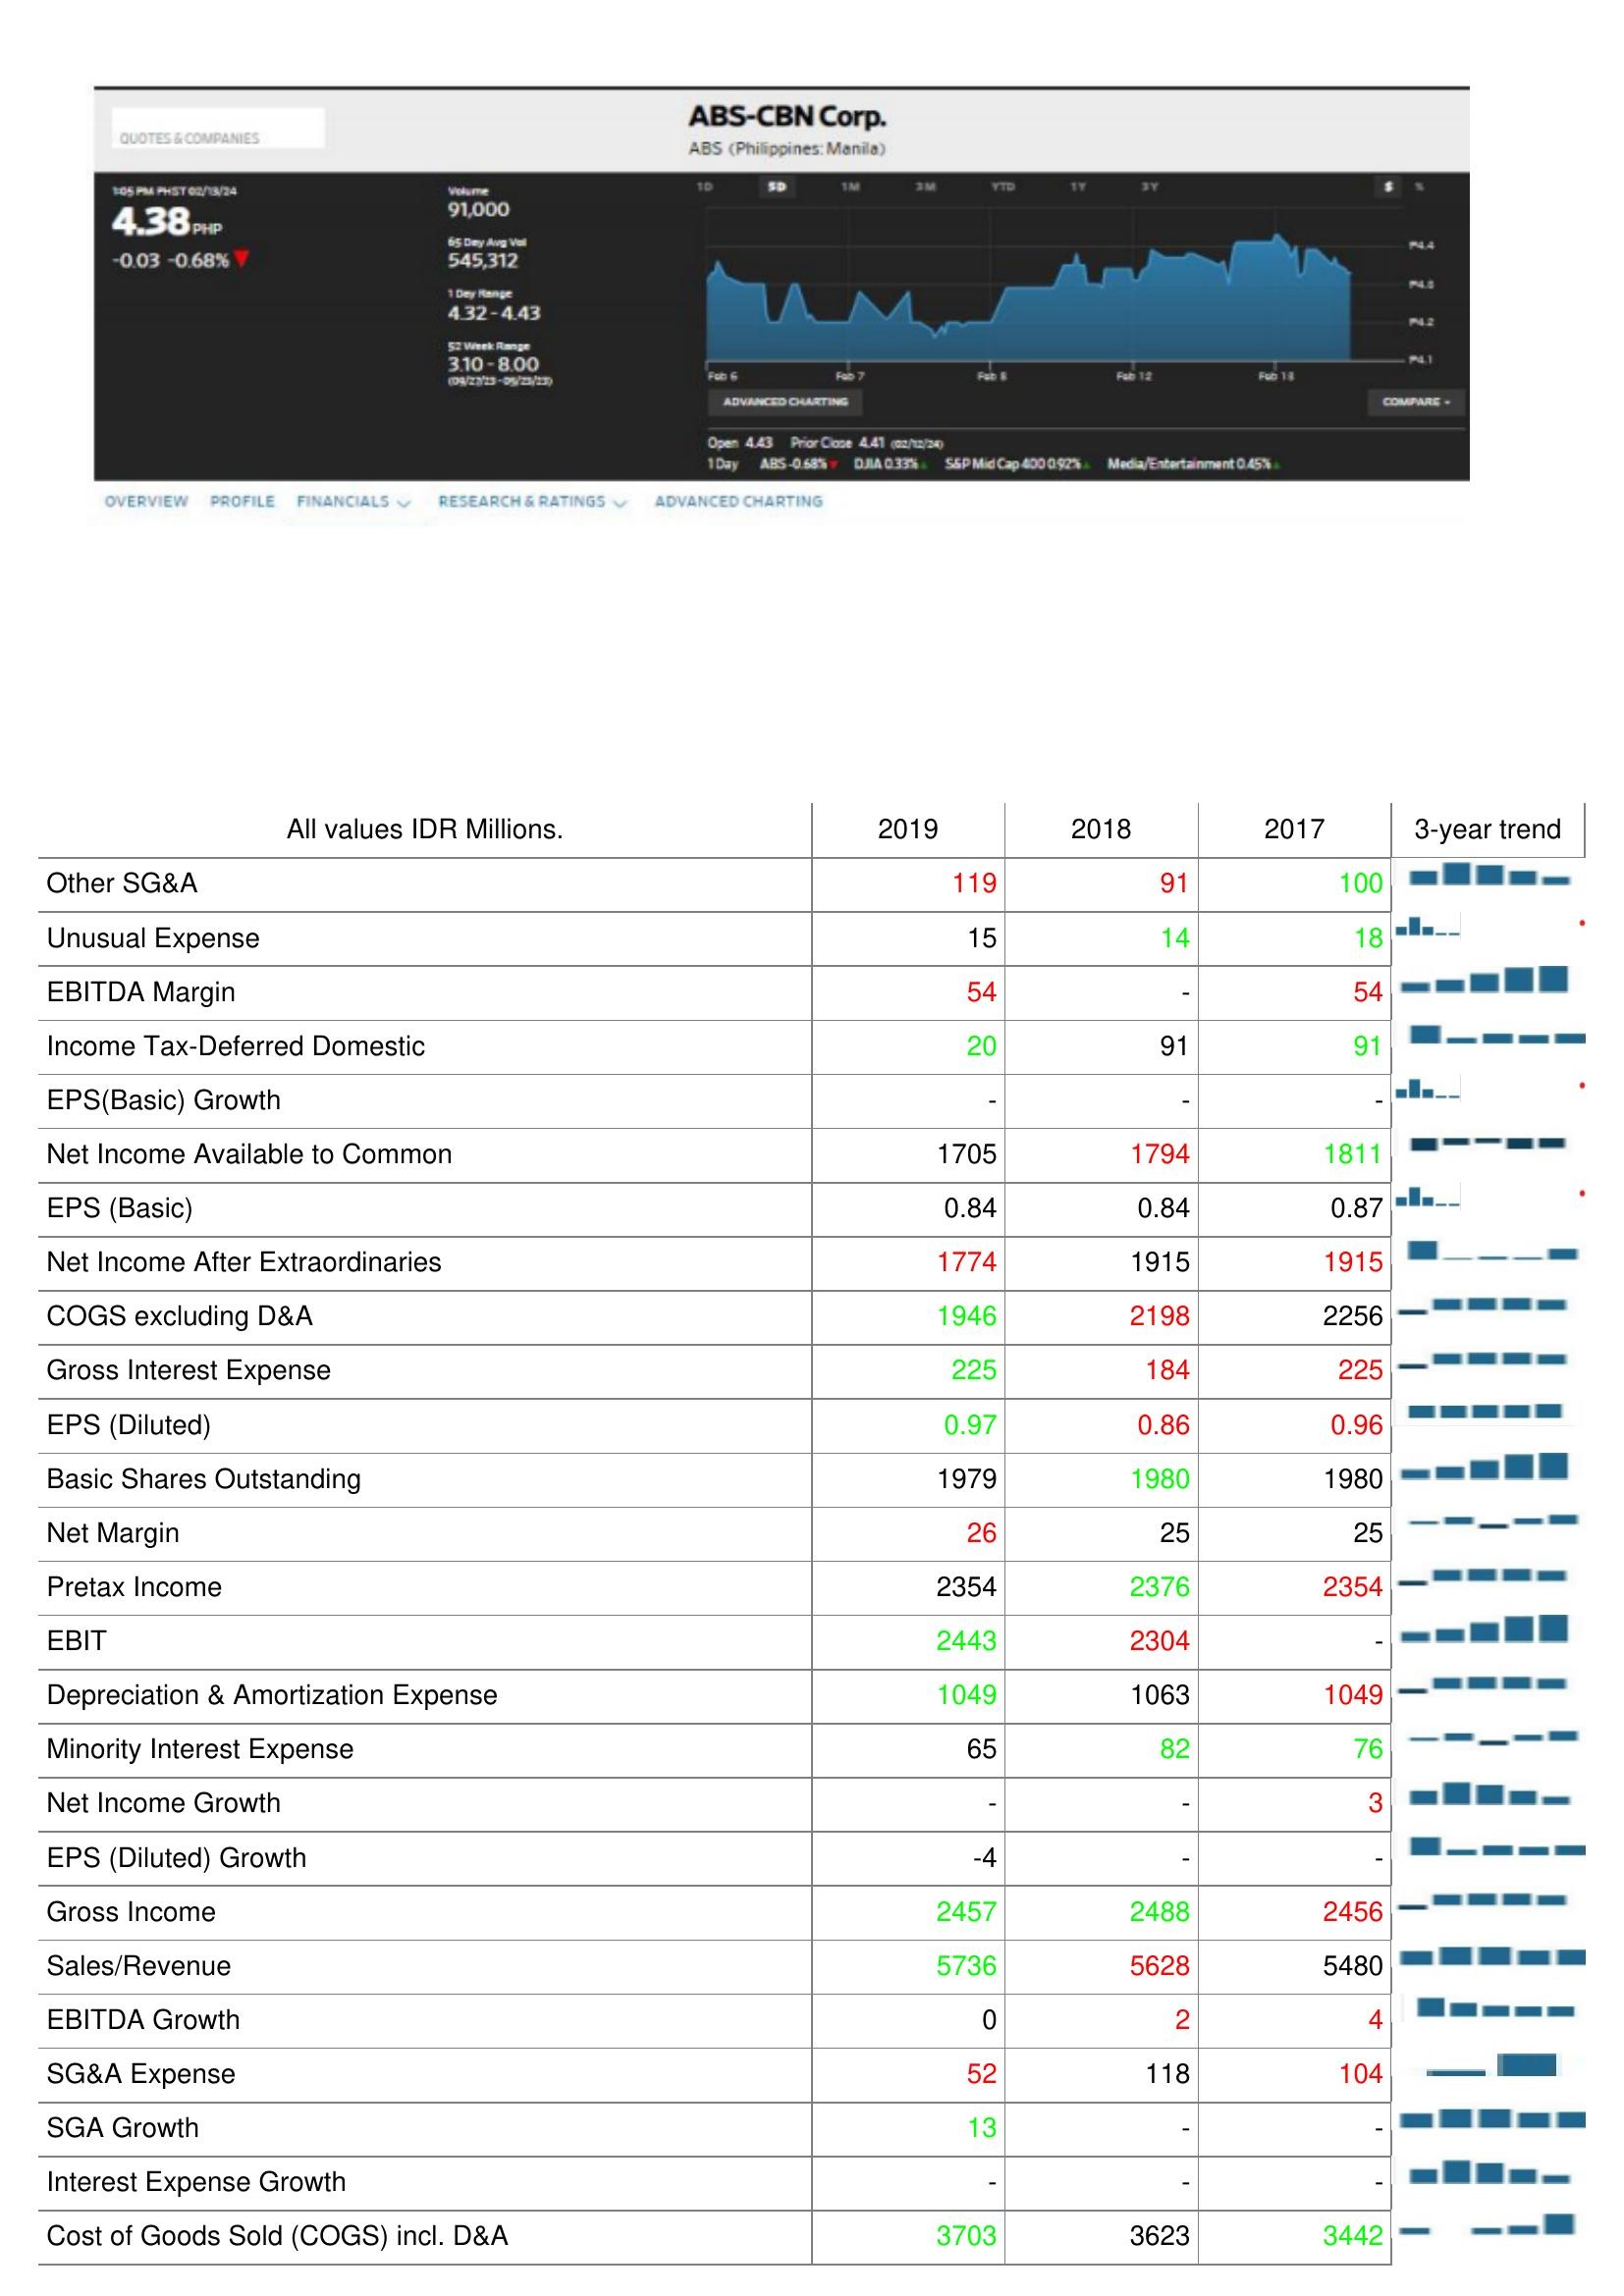
2019: : Other SG&A: 119
Unusual Expense: 15
EBITDA Margin: 54
Income Tax-Deferred Domestic: 20
EPS(Basic) Growth: -
Net Income Available to Common: 1705
EPS (Basic): 0.84
Net Income After Extraordinaries: 1774
COGS excluding D&A: 1946
Gross Interest Expense: 225
EPS (Diluted): 0.97
Basic Shares Outstanding: 1979
Net Margin: 26
Pretax Income: 2354
EBIT: 2443
Depreciation & Amortization Expense: 1049
Minority Interest Expense: 65
Net Income Growth: -
EPS (Diluted) Growth: -4
Gross Income: 2457
Sales/Revenue: 5736
EBITDA Growth: 0
SG&A Expense: 52
SGA Growth: 13
Interest Expense Growth: -
Cost of Goods Sold (COGS) incl. D&A: 3703
2018: : Other SG&A: 91
Unusual Expense: 14
EBITDA Margin: -
Income Tax-Deferred Domestic: 91
EPS(Basic) Growth: -
Net Income Available to Common: 1794
EPS (Basic): 0.84
Net Income After Extraordinaries: 1915
COGS excluding D&A: 2198
Gross Interest Expense: 184
EPS (Diluted): 0.86
Basic Shares Outstanding: 1980
Net Margin: 25
Pretax Income: 2376
EBIT: 2304
Depreciation & Amortization Expense: 1063
Minority Interest Expense: 82
Net Income Growth: -
EPS (Diluted) Growth: -
Gross Income: 2488
Sales/Revenue: 5628
EBITDA Growth: 2
SG&A Expense: 118
SGA Growth: -
Interest Expense Growth: -
Cost of Goods Sold (COGS) incl. D&A: 3623
2017: : Other SG&A: 100
Unusual Expense: 18
EBITDA Margin: 54
Income Tax-Deferred Domestic: 91
EPS(Basic) Growth: -
Net Income Available to Common: 1811
EPS (Basic): 0.87
Net Income After Extraordinaries: 1915
COGS excluding D&A: 2256
Gross Interest Expense: 225
EPS (Diluted): 0.96
Basic Shares Outstanding: 1980
Net Margin: 25
Pretax Income: 2354
EBIT: -
Depreciation & Amortization Expense: 1049
Minority Interest Expense: 76
Net Income Growth: 3
EPS (Diluted) Growth: -
Gross Income: 2456
Sales/Revenue: 5480
EBITDA Growth: 4
SG&A Expense: 104
SGA Growth: -
Interest Expense Growth: -
Cost of Goods Sold (COGS) incl. D&A: 3442